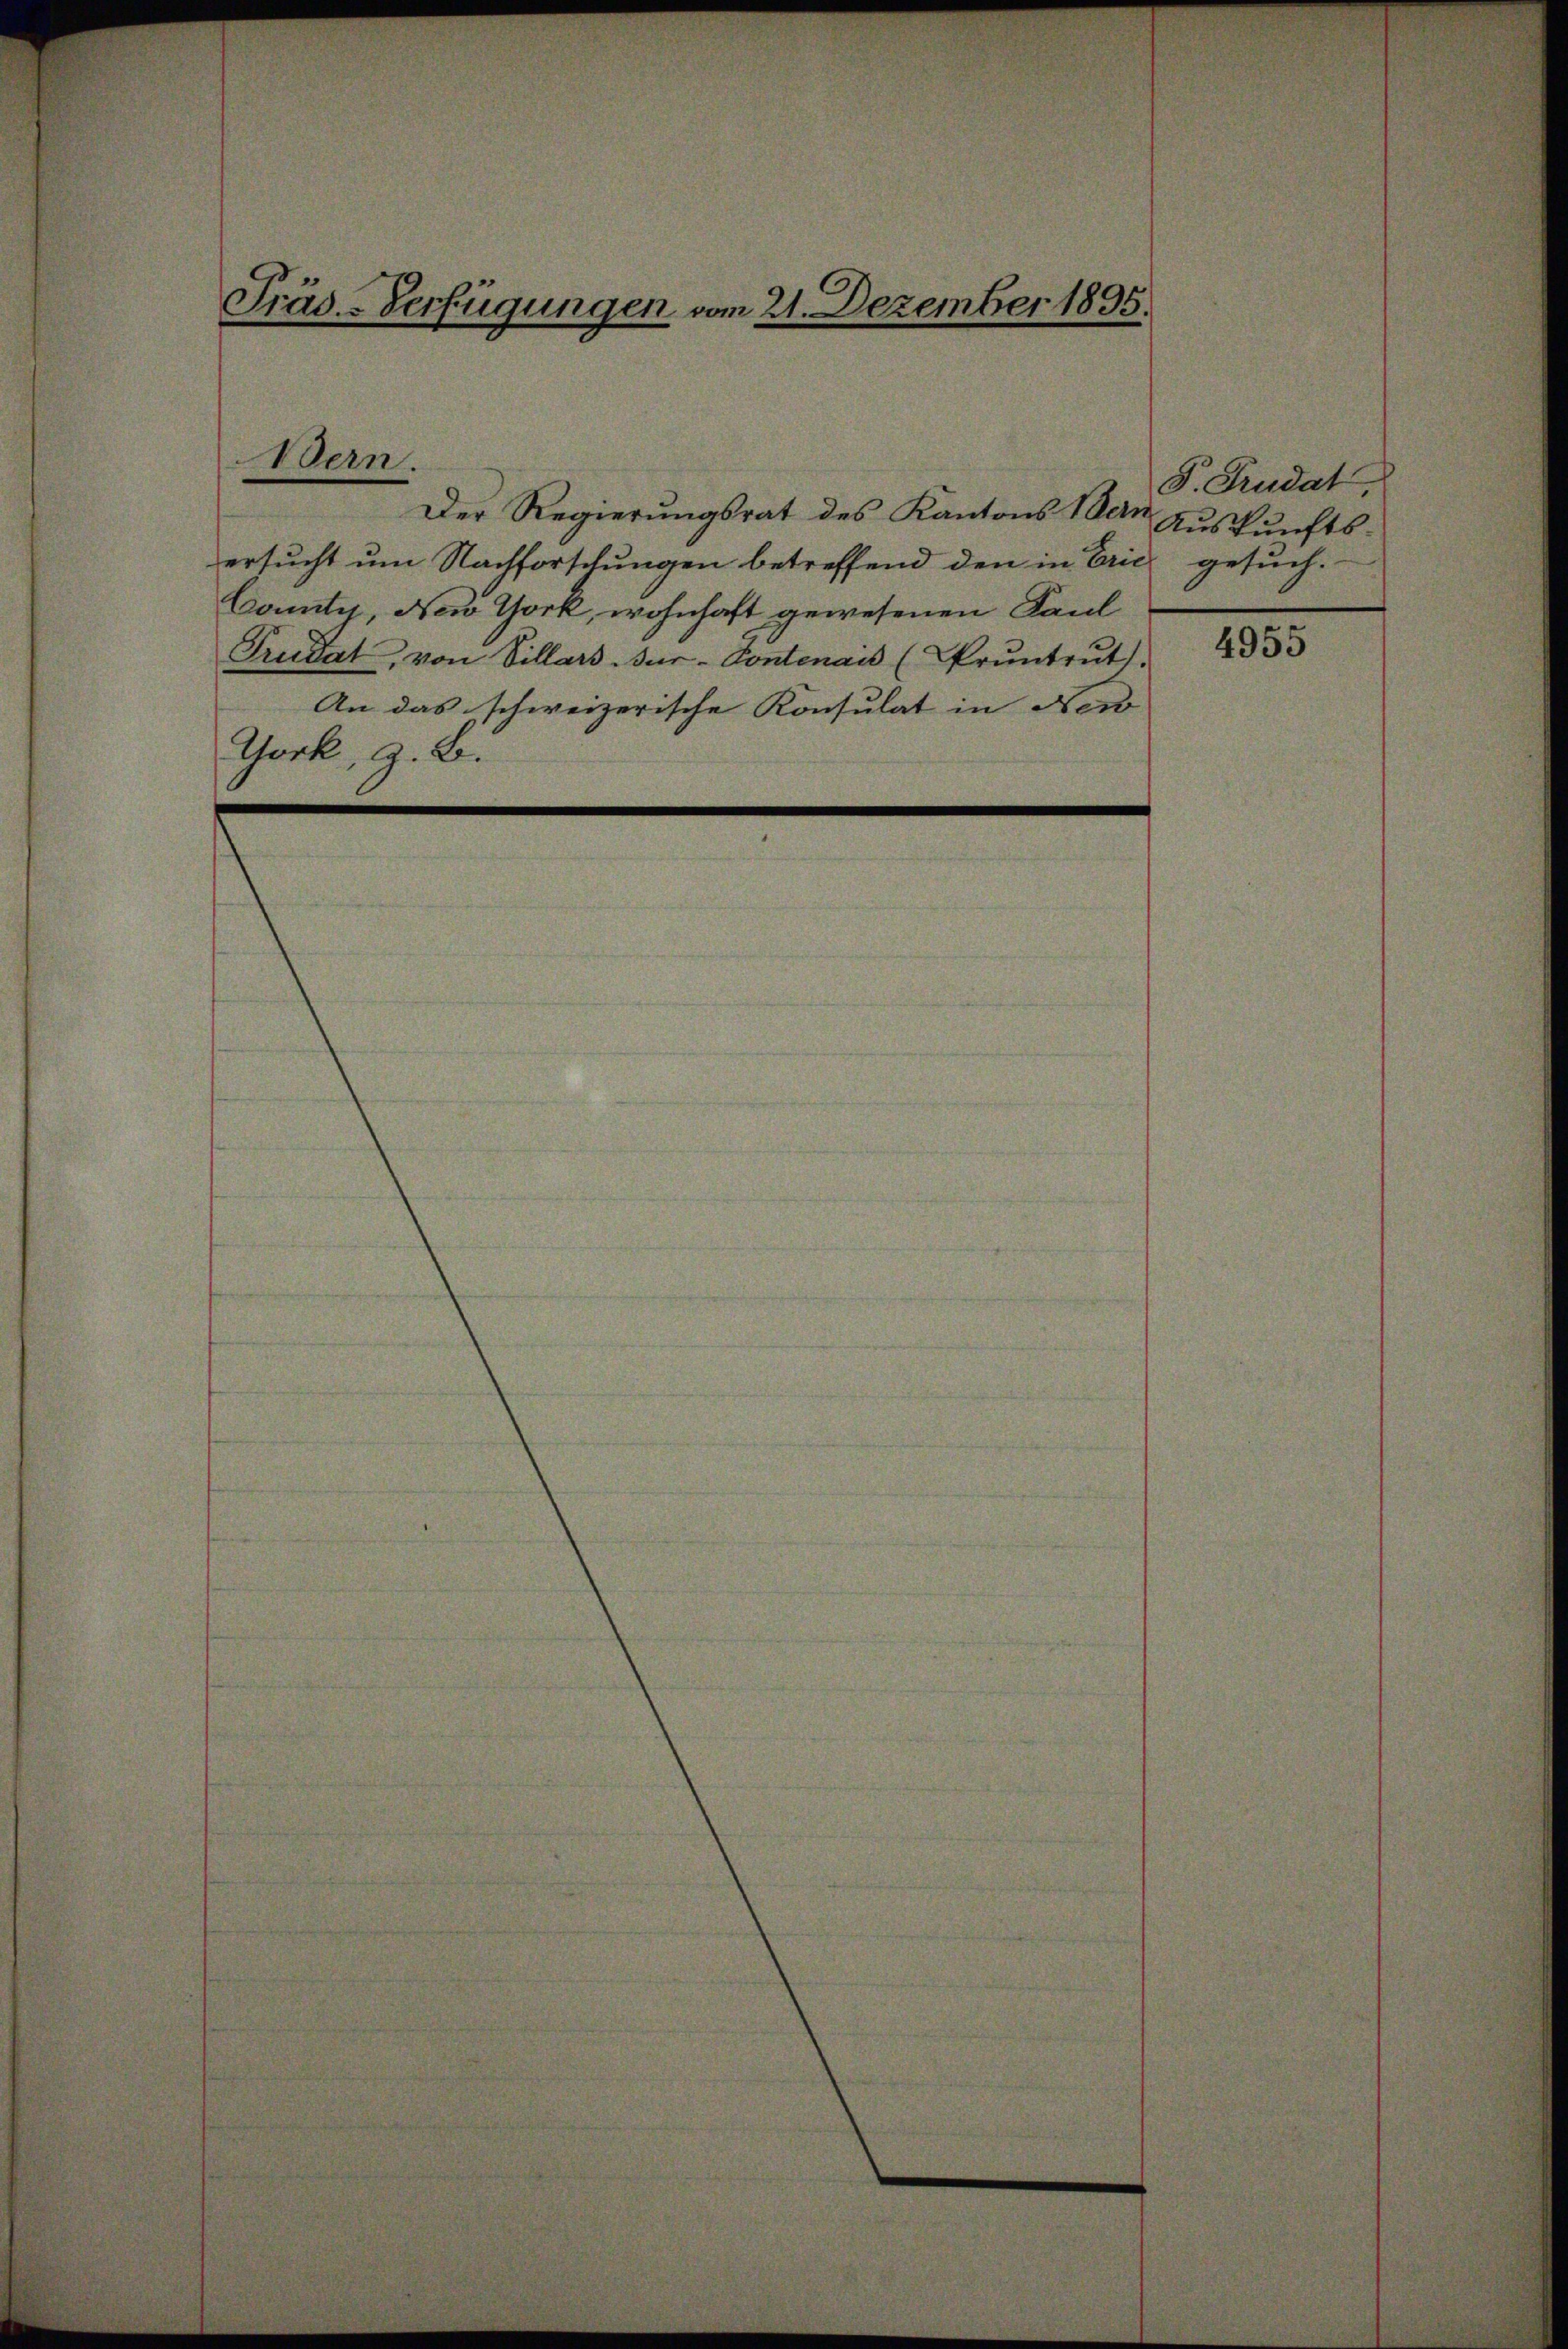
Präd.-Verfügungen vom 21. Dezember 1895.

Der Regierungsrat des Kantons Ban
ersucht um Nachforschungen betreffend den in Erić gesuch.
County, New York, wohnhaft gewesenen Kaul
Trudat, von Villars-Jur-Contenais (Prŭntrŭt.
An das schweizerische Konsulat in New
York, z. B.

Bern.

S. Pudat,
Auskunfts-

4955